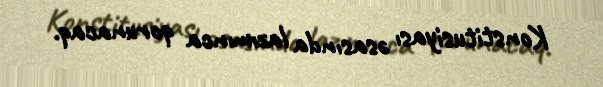
Konstitusiyası əsasında lazımınca qorunacaq.